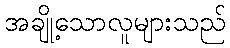
အချို့သောလူများသည်